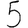
Digit: 5